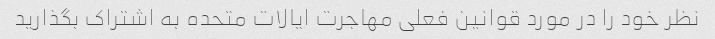
نظر خود را در مورد قوانین فعلی مهاجرت ایالات متحده به اشتراک بگذارید